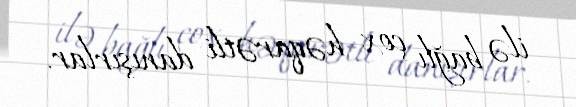
ilə bağlı çox həqarətli danışırlar.